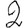
Digit: 2